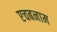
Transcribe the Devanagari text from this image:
एचबनाम